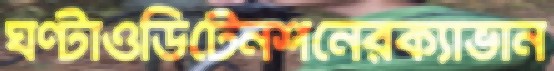
ঘণ্টাওডিটেনশনেরক্যাভান